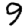
Digit: 9